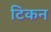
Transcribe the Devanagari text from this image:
टिकन